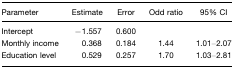
| Parameter | Estimate | Error | Odd ratio | 95% CI |
 | --- | --- | --- | --- | --- |
 | Intercept | −1.557 | 0.600 |  |  |
 | Monthly income | 0.368 | 0.184 | 1.44 | 1.01–2.07 |
 | Education level | 0.529 | 0.257 | 1.70 | 1.03–2.81 |